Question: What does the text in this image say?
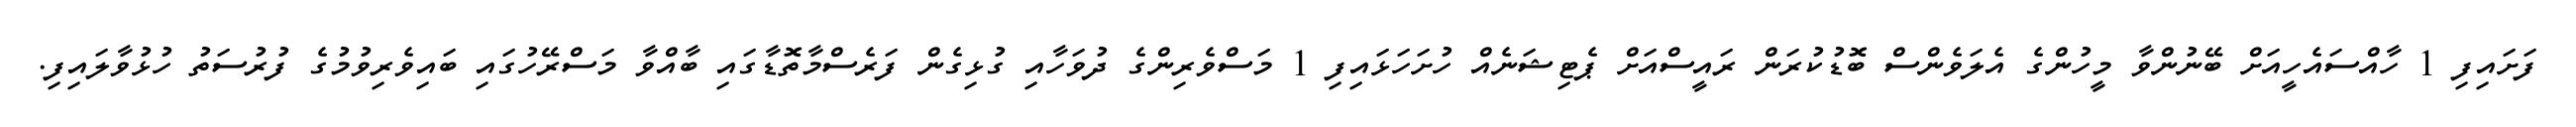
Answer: ފަށައިފި 1 ހާއްސައެހީއަށް ބޭނުންވާ މީހުންގެ އެލަވެންސް ބޮޑުކުރަން ރައީސްއަށް ޕެޓިޝަނެއް ހުށަހަޅައިފި 1 މަސްވެރިންގެ ދުވަހާއި ގުޅިގެން ފަރެސްމާތޮޑާގައި ބާއްވާ މަސްރޭހުގައި ބައިވެރިވުމުގެ ފުރުސަތު ހުޅުވާލައިފި.